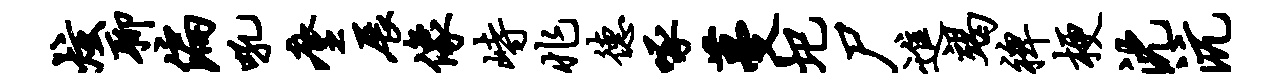
炫聊偏吼麈展像峙兆德啄蔓圯尸进竭裨梗沈沆